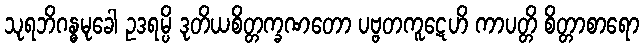
သုရဘိဂန္ဓမုခေါ ဥဒရမ္ပိ ဒုတိယစိတ္တက္ခဏတော ပဗ္ဗတကူဋေဟိ ကာပတ္တိ စိတ္တာစာရော